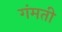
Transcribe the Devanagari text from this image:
गंमती